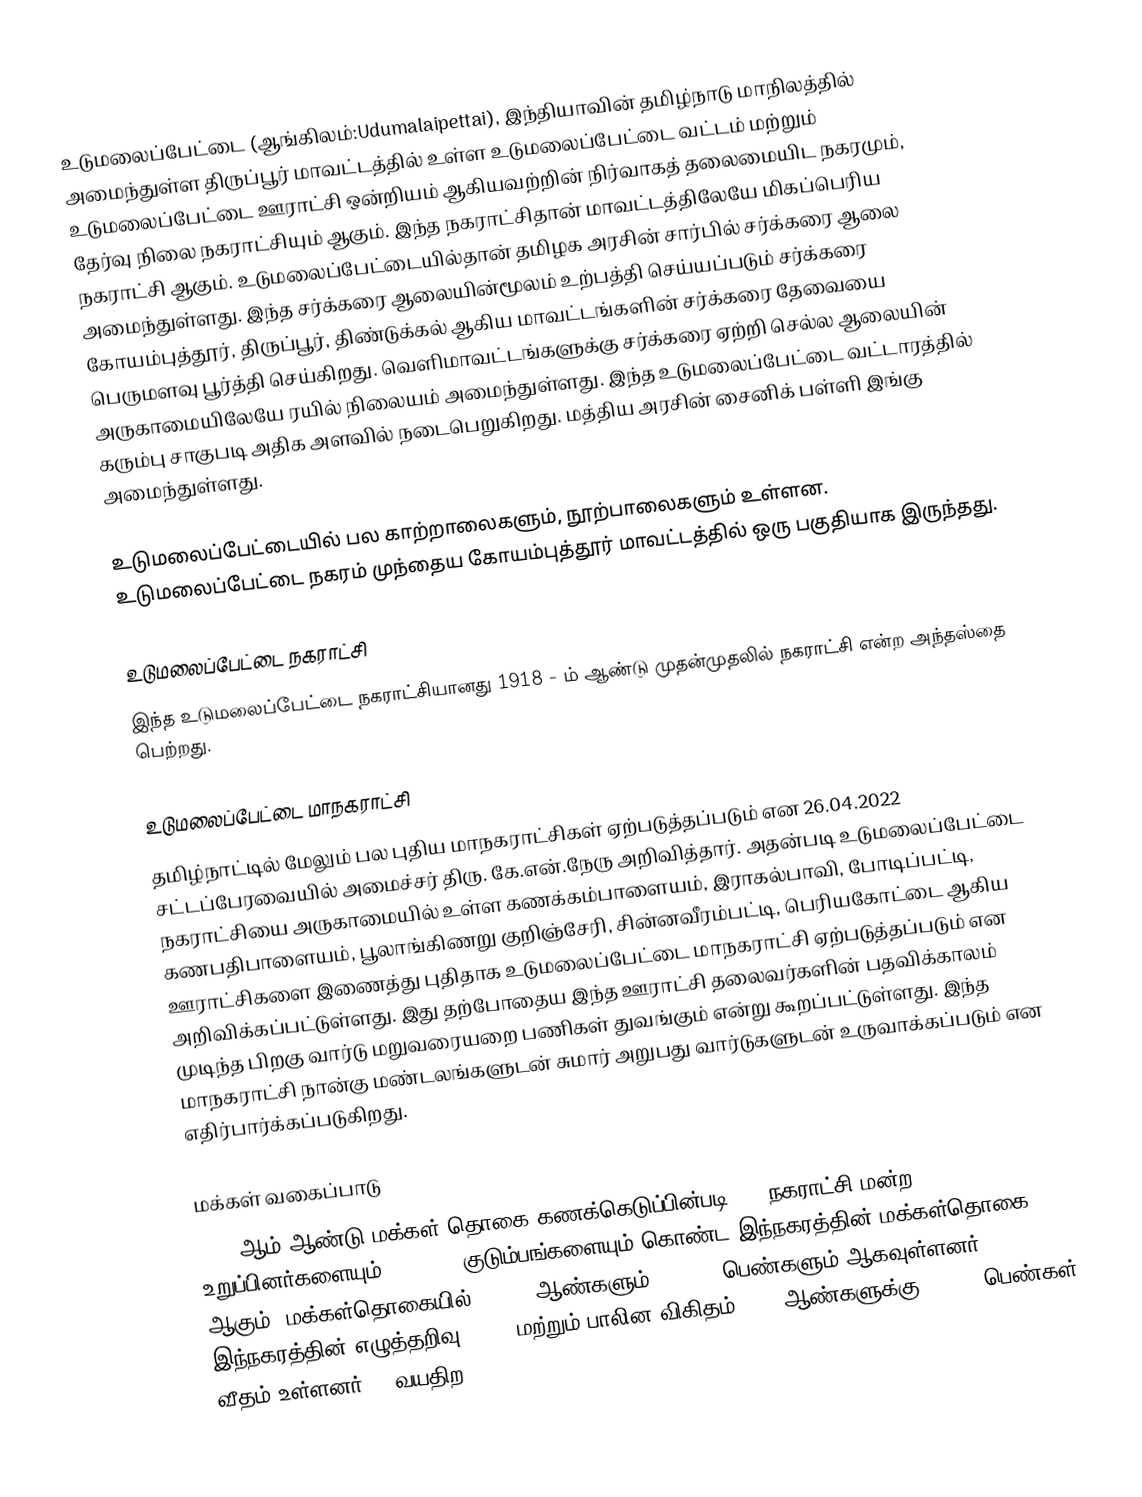
உடுமலைப்பேட்டை (ஆங்கிலம்:Udumalaipettai), இந்தியாவின் தமிழ்நாடு மாநிலத்தில் அமைந்துள்ள திருப்பூர் மாவட்டத்தில் உள்ள உடுமலைப்பேட்டை வட்டம் மற்றும் உடுமலைப்பேட்டை ஊராட்சி ஒன்றியம் ஆகியவற்றின் நிர்வாகத் தலைமையிட நகரமும், தேர்வு நிலை நகராட்சியும் ஆகும். இந்த நகராட்சிதான் மாவட்டத்திலேயே மிகப்பெரிய நகராட்சி ஆகும். உடுமலைப்பேட்டையில்தான் தமிழக அரசின் சார்பில் சர்க்கரை ஆலை அமைந்துள்ளது. இந்த சர்க்கரை ஆலையின்மூலம் உற்பத்தி செய்யப்படும் சர்க்கரை கோயம்புத்தூர், திருப்பூர், திண்டுக்கல் ஆகிய மாவட்டங்களின் சர்க்கரை தேவையை பெருமளவு பூர்த்தி செய்கிறது. வெளிமாவட்டங்களுக்கு சர்க்கரை ஏற்றி செல்ல ஆலையின் அருகாமையிலேயே ரயில் நிலையம் அமைந்துள்ளது. இந்த உடுமலைப்பேட்டை வட்டாரத்தில் கரும்பு சாகுபடி அதிக அளவில் நடைபெறுகிறது. மத்திய அரசின் சைனிக் பள்ளி இங்கு அமைந்துள்ளது.

உடுமலைப்பேட்டையில் பல  காற்றாலைகளும், நூற்பாலைகளும் உள்ளன. உடுமலைப்பேட்டை நகரம் முந்தைய கோயம்புத்தூர் மாவட்டத்தில் ஒரு பகுதியாக இருந்தது.

உடுமலைப்பேட்டை நகராட்சி
இந்த உடுமலைப்பேட்டை நகராட்சியானது 1918 - ம் ஆண்டு முதன்முதலில் நகராட்சி என்ற அந்தஸ்தை பெற்றது.

உடுமலைப்பேட்டை மாநகராட்சி
தமிழ்நாட்டில் மேலும் பல புதிய மாநகராட்சிகள் ஏற்படுத்தப்படும் என 26.04.2022 சட்டப்பேரவையில் அமைச்சர் திரு. கே.என்.நேரு அறிவித்தார். அதன்படி உடுமலைப்பேட்டை நகராட்சியை அருகாமையில் உள்ள கணக்கம்பாளையம், இராகல்பாவி, போடிப்பட்டி, கணபதிபாளையம், பூலாங்கிணறு குறிஞ்சேரி, சின்னவீரம்பட்டி, பெரியகோட்டை ஆகிய ஊராட்சிகளை இணைத்து புதிதாக உடுமலைப்பேட்டை மாநகராட்சி ஏற்படுத்தப்படும் என அறிவிக்கப்பட்டுள்ளது. இது தற்போதைய இந்த ஊராட்சி தலைவர்களின் பதவிக்காலம் முடிந்த பிறகு வார்டு மறுவரையறை பணிகள் துவங்கும் என்று கூறப்பட்டுள்ளது. இந்த மாநகராட்சி நான்கு மண்டலங்களுடன் சுமார் அறுபது வார்டுகளுடன் உருவாக்கப்படும் என எதிர்பார்க்கப்படுகிறது.

மக்கள் வகைப்பாடு
2011-ஆம் ஆண்டு மக்கள் தொகை கணக்கெடுப்பின்படி, 33 நகராட்சி மன்ற உறுப்பினர்களையும்,  17,132  1குடும்பங்களையும் கொண்ட இந்நகரத்தின் மக்கள்தொகை 61,133 ஆகும். மக்கள்தொகையில் 29,958 ஆண்களும், 31,175 பெண்களும் ஆகவுள்ளனர். இந்நகரத்தின் எழுத்தறிவு 91.2% மற்றும் பாலின விகிதம் 1000 ஆண்களுக்கு, 1,041  பெண்கள் வீதம் உள்ளனர். 6 வயதிற